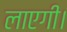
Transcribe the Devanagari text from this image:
लाएगी।